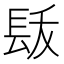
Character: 𨱩